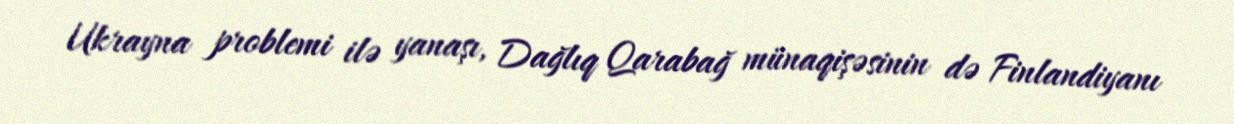
Ukrayna problemi ilə yanaşı, Dağlıq Qarabağ münaqişəsinin də Finlandiyanı